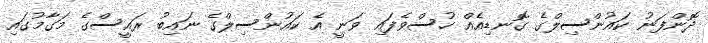
ދޮންފަނު ކައުންސިލްގެ ގޮނޑިއެއް ހުސްވެފައި ވަނީ އެ ކައުންސިލްގެ ނައިބު ރައީސްގެ މަގާމުގައި